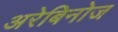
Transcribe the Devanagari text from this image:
अरेबिनोज